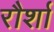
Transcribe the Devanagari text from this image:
रौर्शा